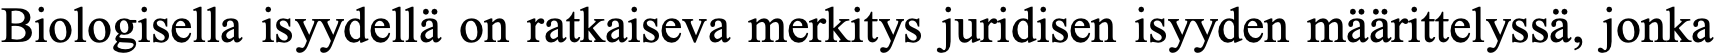
Biologisella isyydellä on ratkaiseva merkitys juridisen isyyden määrittelyssä, jonka